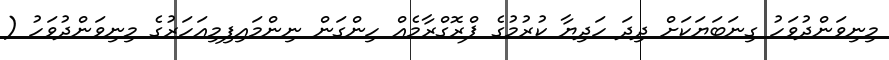
މިނިވަންދުވަހު ގިނަބަޔަކަށް ދިދަ ހަދިޔާ ކުރުމުގެ ޕްރޮގްރާމެއް ހިންގަން ނިންމައިފިމިއަހަރުގެ މިނިވަންދުވަހު (